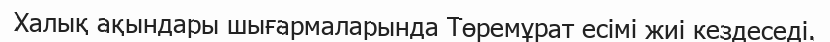
Халық ақындары шығармаларында Төремұрат есімі жиі кездеседі.